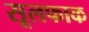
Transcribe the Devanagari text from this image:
सूलफाक